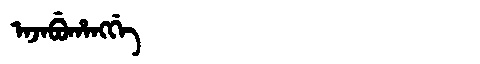
Manchu: ᠠᠵᠠᠪᡠᡥᠠᠩᡤᡝ
Romanization: AJABUHANGGE